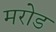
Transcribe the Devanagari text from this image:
मरोड